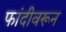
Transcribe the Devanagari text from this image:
फांदीवरून